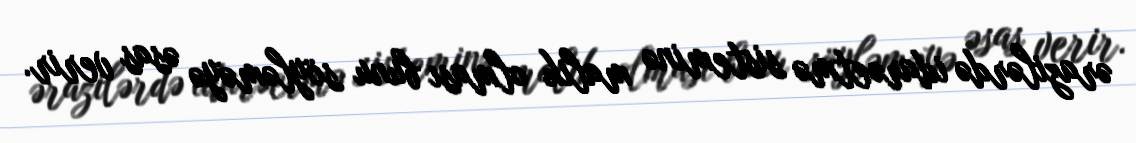
ərazilərdə idarəetmə sisteminə malik olması bunu söyləməyə əsas verir.